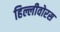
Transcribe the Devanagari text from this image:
हिल्लीवोरस